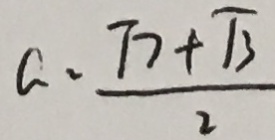
a = \frac { T _ { 7 } + T _ { 0 } } { 3 }